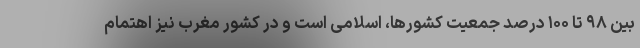
بین ۹۸ تا ۱۰۰ درصد جمعیت کشورها، اسلامی است و در کشور مغرب نیز اهتمام